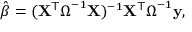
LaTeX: { \hat { \boldsymbol { \beta } } } = ( \mathbf { X } ^ { \mathsf { T } } { \boldsymbol { \Omega } } ^ { - 1 } \mathbf { X } ) ^ { - 1 } \mathbf { X } ^ { \mathsf { T } } { \boldsymbol { \Omega } } ^ { - 1 } \mathbf { y } ,